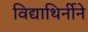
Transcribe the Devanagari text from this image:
विद्याथिर्नीने